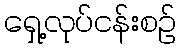
ရှေ့လုပ်ငန်းစဉ်